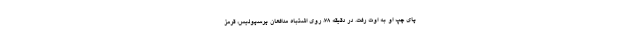
پای چپ او به اوت رفت. در دقیقه ۷۸، روی اشتباه مدافعان پرسپولیس، قرمز